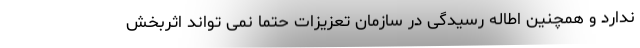
ندارد و همچنین اطاله رسیدگی در سازمان تعزیزات حتما نمی تواند اثربخش